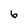
Character: 6